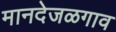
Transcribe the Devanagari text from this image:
मानदेजळगाव